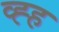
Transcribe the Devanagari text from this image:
व्ह्ह